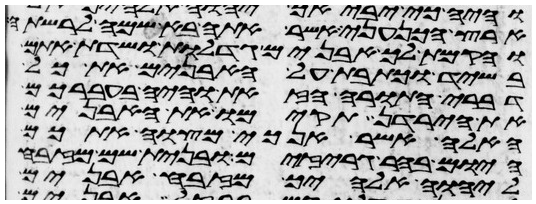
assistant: ארץ הכנעני אשר אתה בא שמה לרשתה
והקמת לך אבנים גדלות ושדת אתם
בשיד וכתבת על האבנים את כל
דברי התורה הזאת והיה בעברכם
את הירדן תקימו את האבנים
האלה אשר אנכי מצוה אתכם
היום בהרגריזים ובנית שם מזבח
ליהוה אלהיך מזבח אבנים